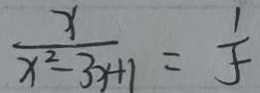
\frac { x } { x ^ { 2 } - 3 x + 1 } = \frac { 1 } { 5 }